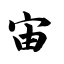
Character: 宙